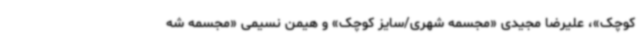
کوچک»، علیرضا مجیدی «مجسمه شهری/سایز کوچک» و هیمن نسیمی «مجسمه شه